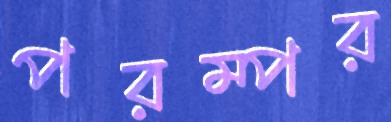
পরম্পর